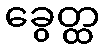
ခွေတ္ထ